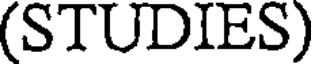
(STUDIES)